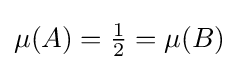
{\textstyle \mu (A)={\frac {1}{2}}=\mu (B)}